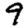
Digit: 9